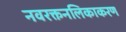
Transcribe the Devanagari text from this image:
नवरक्तनलिकाकरण